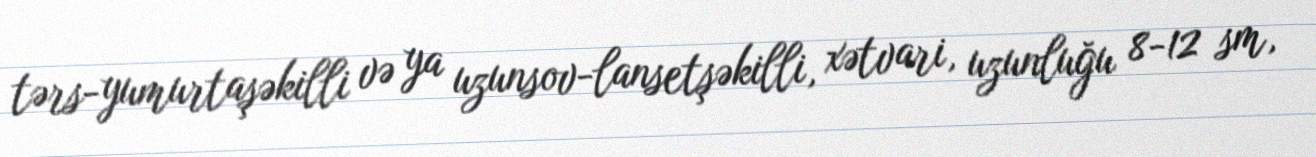
tərs-yumurtaşəkilli və ya uzunsov-lansetşəkilli, xətvari, uzunluğu 8-12 sm,